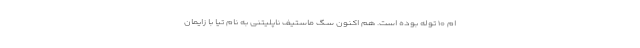
ام ۱۰ توله بوده است. هم اکنون سگ ماستیف ناپلیتنی به نام تیا با زایمان